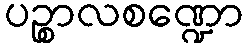
ပဉ္စာလစဏ္ဍော